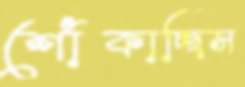
শোঁকাচ্ছিস